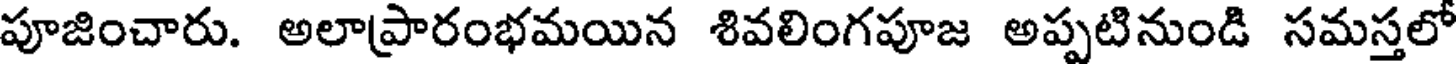
పూజించారు. అలాప్రారంభమయిన శివలింగపూజ అప్పటినుండి సమస్తలో